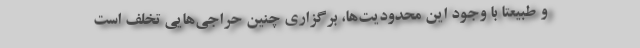
و طبیعتا با وجود این محدودیت‌ها، برگزاری چنین حراجی‌هایی تخلف است